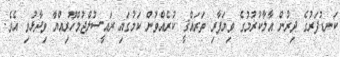
ކަނޑުފަރުގެ ދިރުން އާލާކުރުމުގެ ވިޔަފާރި ތަރައްޤީ ކުރެއްވުން ކަމުގައި ރައީސުލްޖުމްހޫރިއްޔާ ވިދާޅުވި އެވެ.